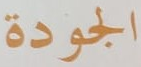
الجودة